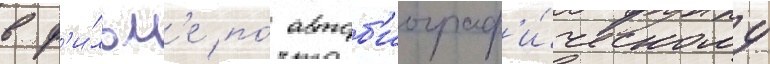
в ф'и́льм'е по́ автоб'иограф'и́ческому